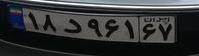
۱۸د۹۶۱۶۷